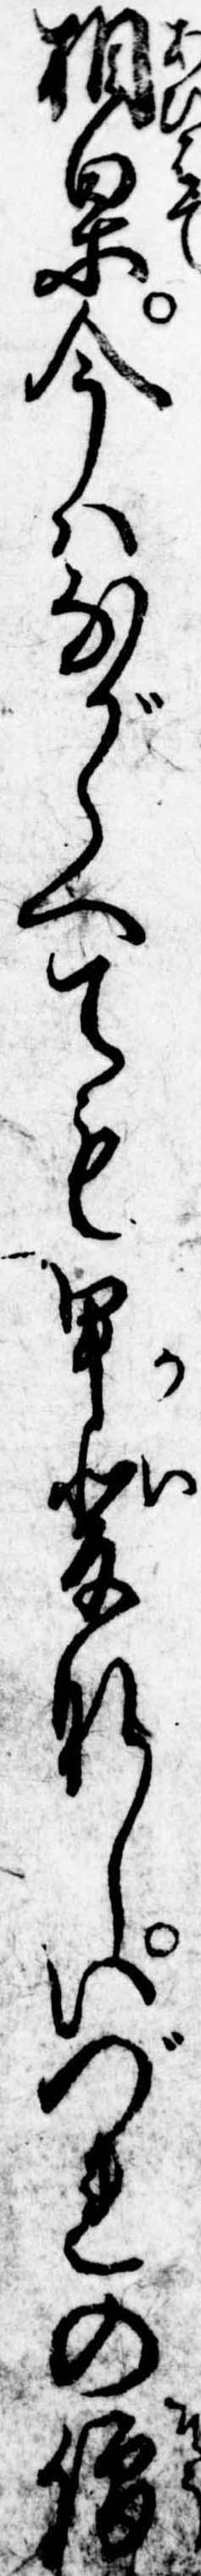
相果今はながらへても甲斐なしいづれの僧